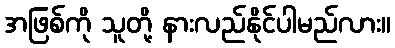
အဖြစ်ကို သူတို့ နားလည်နိုင်ပါမည်လား။